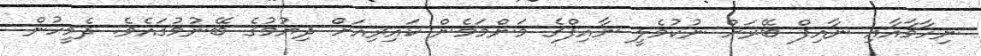
ނިހާމާއާއި ނާއިފް ބޭރަށް ނުކުމެލީ ނާއިފްގެ މަންމަމެން ކައިރިއަށް ދިޔުމުގެ ބޭނުމުގައެވެ. ދެމީހުން